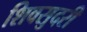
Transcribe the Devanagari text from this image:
शिवसुदरी